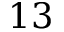
1 3